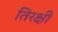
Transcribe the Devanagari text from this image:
तिरक्षी